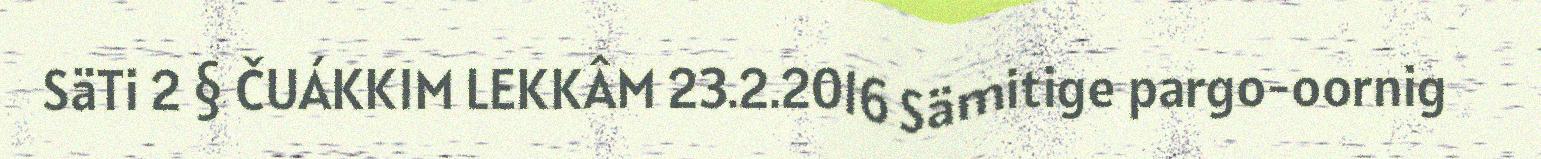
SäTi 2 § ČUÁKKIM LEKKÂM 23.2.2016 Sämitige pargo-oornig